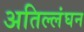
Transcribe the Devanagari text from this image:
अतिल्लंघन